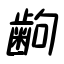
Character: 齣